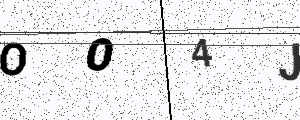
Text: OO4J